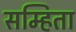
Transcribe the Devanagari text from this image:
सम्हिता